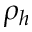
\rho _ { h }